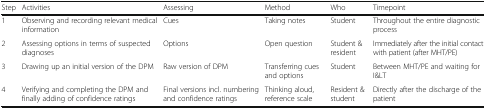
| Step | Activities | Assessing | Method | Who | Timepoint |
 | --- | --- | --- | --- | --- | --- |
 | 1 | Observing and recording relevant medical information | Cues | Taking notes | Student | Throughout the entire diagnostic process |
 | 2 | Assessing options in terms of suspected diagnoses | Options | Open question | Student & resident | Immediately after the initial contact with patient (after MHT/PE) |
 | 3 | Drawing up an initial version of the DPM | Raw version of DPM | Transferring cues and options | Student | Between MHT/PE and waiting for I&LT |
 | 4 | Verifying and completing the DPM and finally adding of confidence ratings | Final versions incl. numbering and confidence ratings | Thinking aloud, reference scale | Resident & student | Directly after the discharge of the patient |